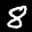
Label: 8